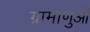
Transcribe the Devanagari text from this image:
ग्रामाणुओं